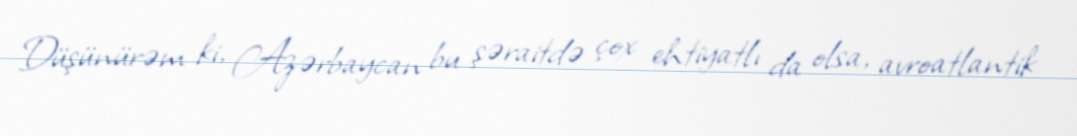
Düşünürəm ki, Azərbaycan bu şəraitdə çox ehtiyatlı da olsa, avroatlantik